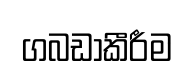
ගබඩාකීරීම